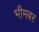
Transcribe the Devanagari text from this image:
भीमबर